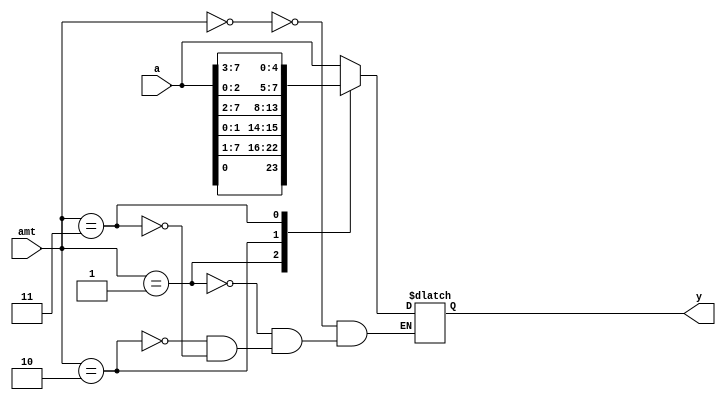
module barrelshifter(
input wire [7:0] a,
input wire [2:0] amt,
output reg [7:0] y
);
always @(*) begin
    case(amt)
    3'd0: y=a;
    3'd1: y={a[0] ,a[7:1]};
    3'd2: y={a[1:0],a[7:2]};
    3'd3: y={a[2:0],a[7:3]};
    endcase
    
end
endmodule